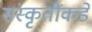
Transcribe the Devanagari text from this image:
संस्कृतींकडे